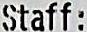
STAFF: